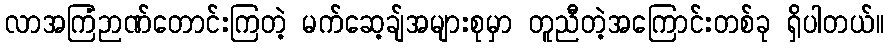
လာအကြံဉာဏ်တောင်းကြတဲ့ မက်ဆေ့ချ်အများစုမှာ တူညီတဲ့အကြောင်းတစ်ခု ရှိပါတယ်။